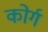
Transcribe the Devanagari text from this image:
कोर्ग